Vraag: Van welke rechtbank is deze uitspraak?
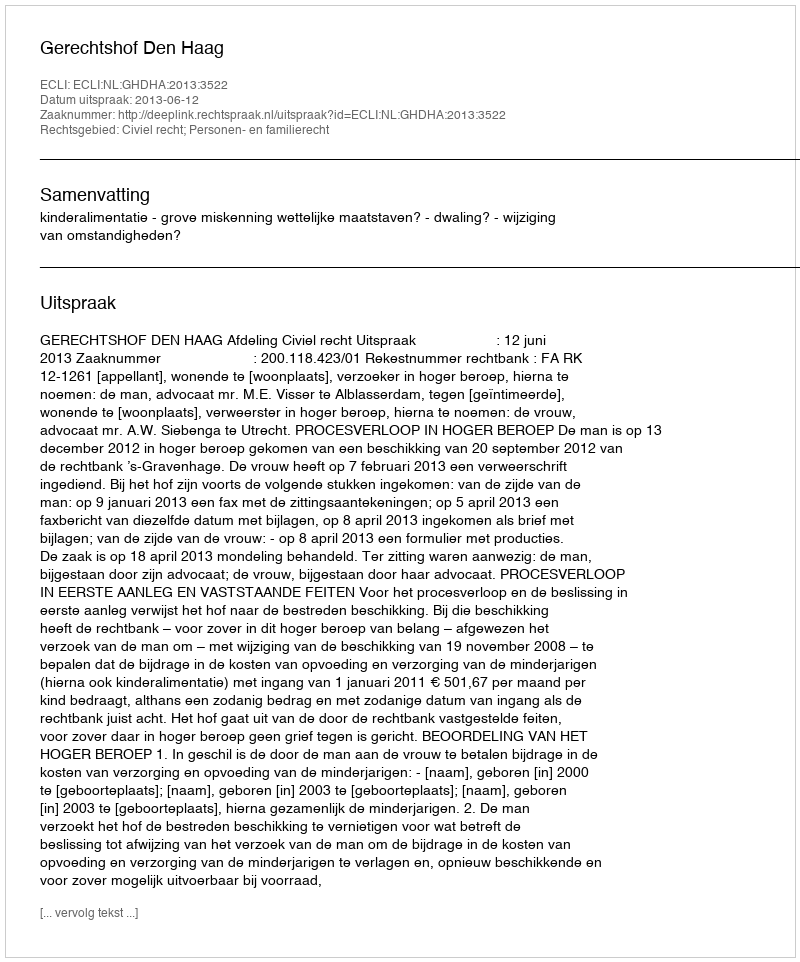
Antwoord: Gerechtshof Den Haag